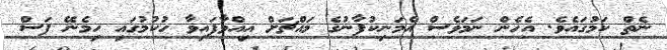
ނެތް ކަމުގައެވެ. އެހެން ނަމަވެސް އެމަނިކުފާނުގެ މައްޗަށް އިއްވާފައިވާ ހުކުމުގައި ހިމެނޭ ފަސް